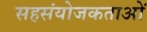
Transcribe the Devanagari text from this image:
सहसंयोजकताओं